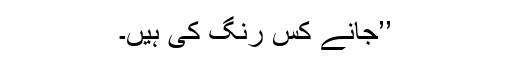
’’جانے کس رنگ کی ہیں۔